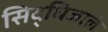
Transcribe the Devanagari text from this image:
सिद्धिजालं